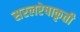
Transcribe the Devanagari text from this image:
सरलरेषाकृती